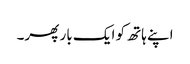
اپنے ہاتھ کو ایک بار پھر۔